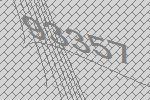
93357